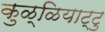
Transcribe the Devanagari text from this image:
कुळ्ळियाट्टु